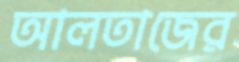
আলতাজের